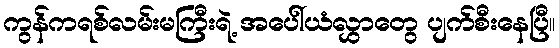
ကွန်ကရစ်လမ်းမကြီးရဲ့ အပေါ်ယံလွှာတွေ ပျက်စီးနေပြီ။